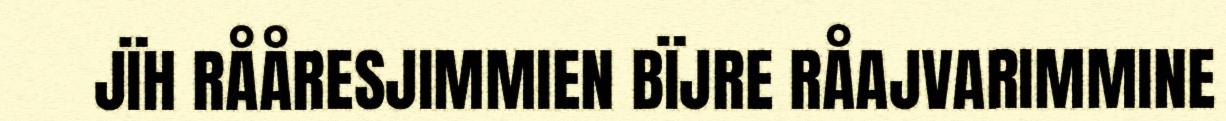
JÏH RÅÅRESJIMMIEN BÏJRE RÅAJVARIMMINE